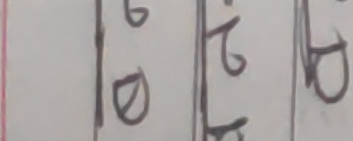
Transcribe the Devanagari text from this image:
छ रे ध